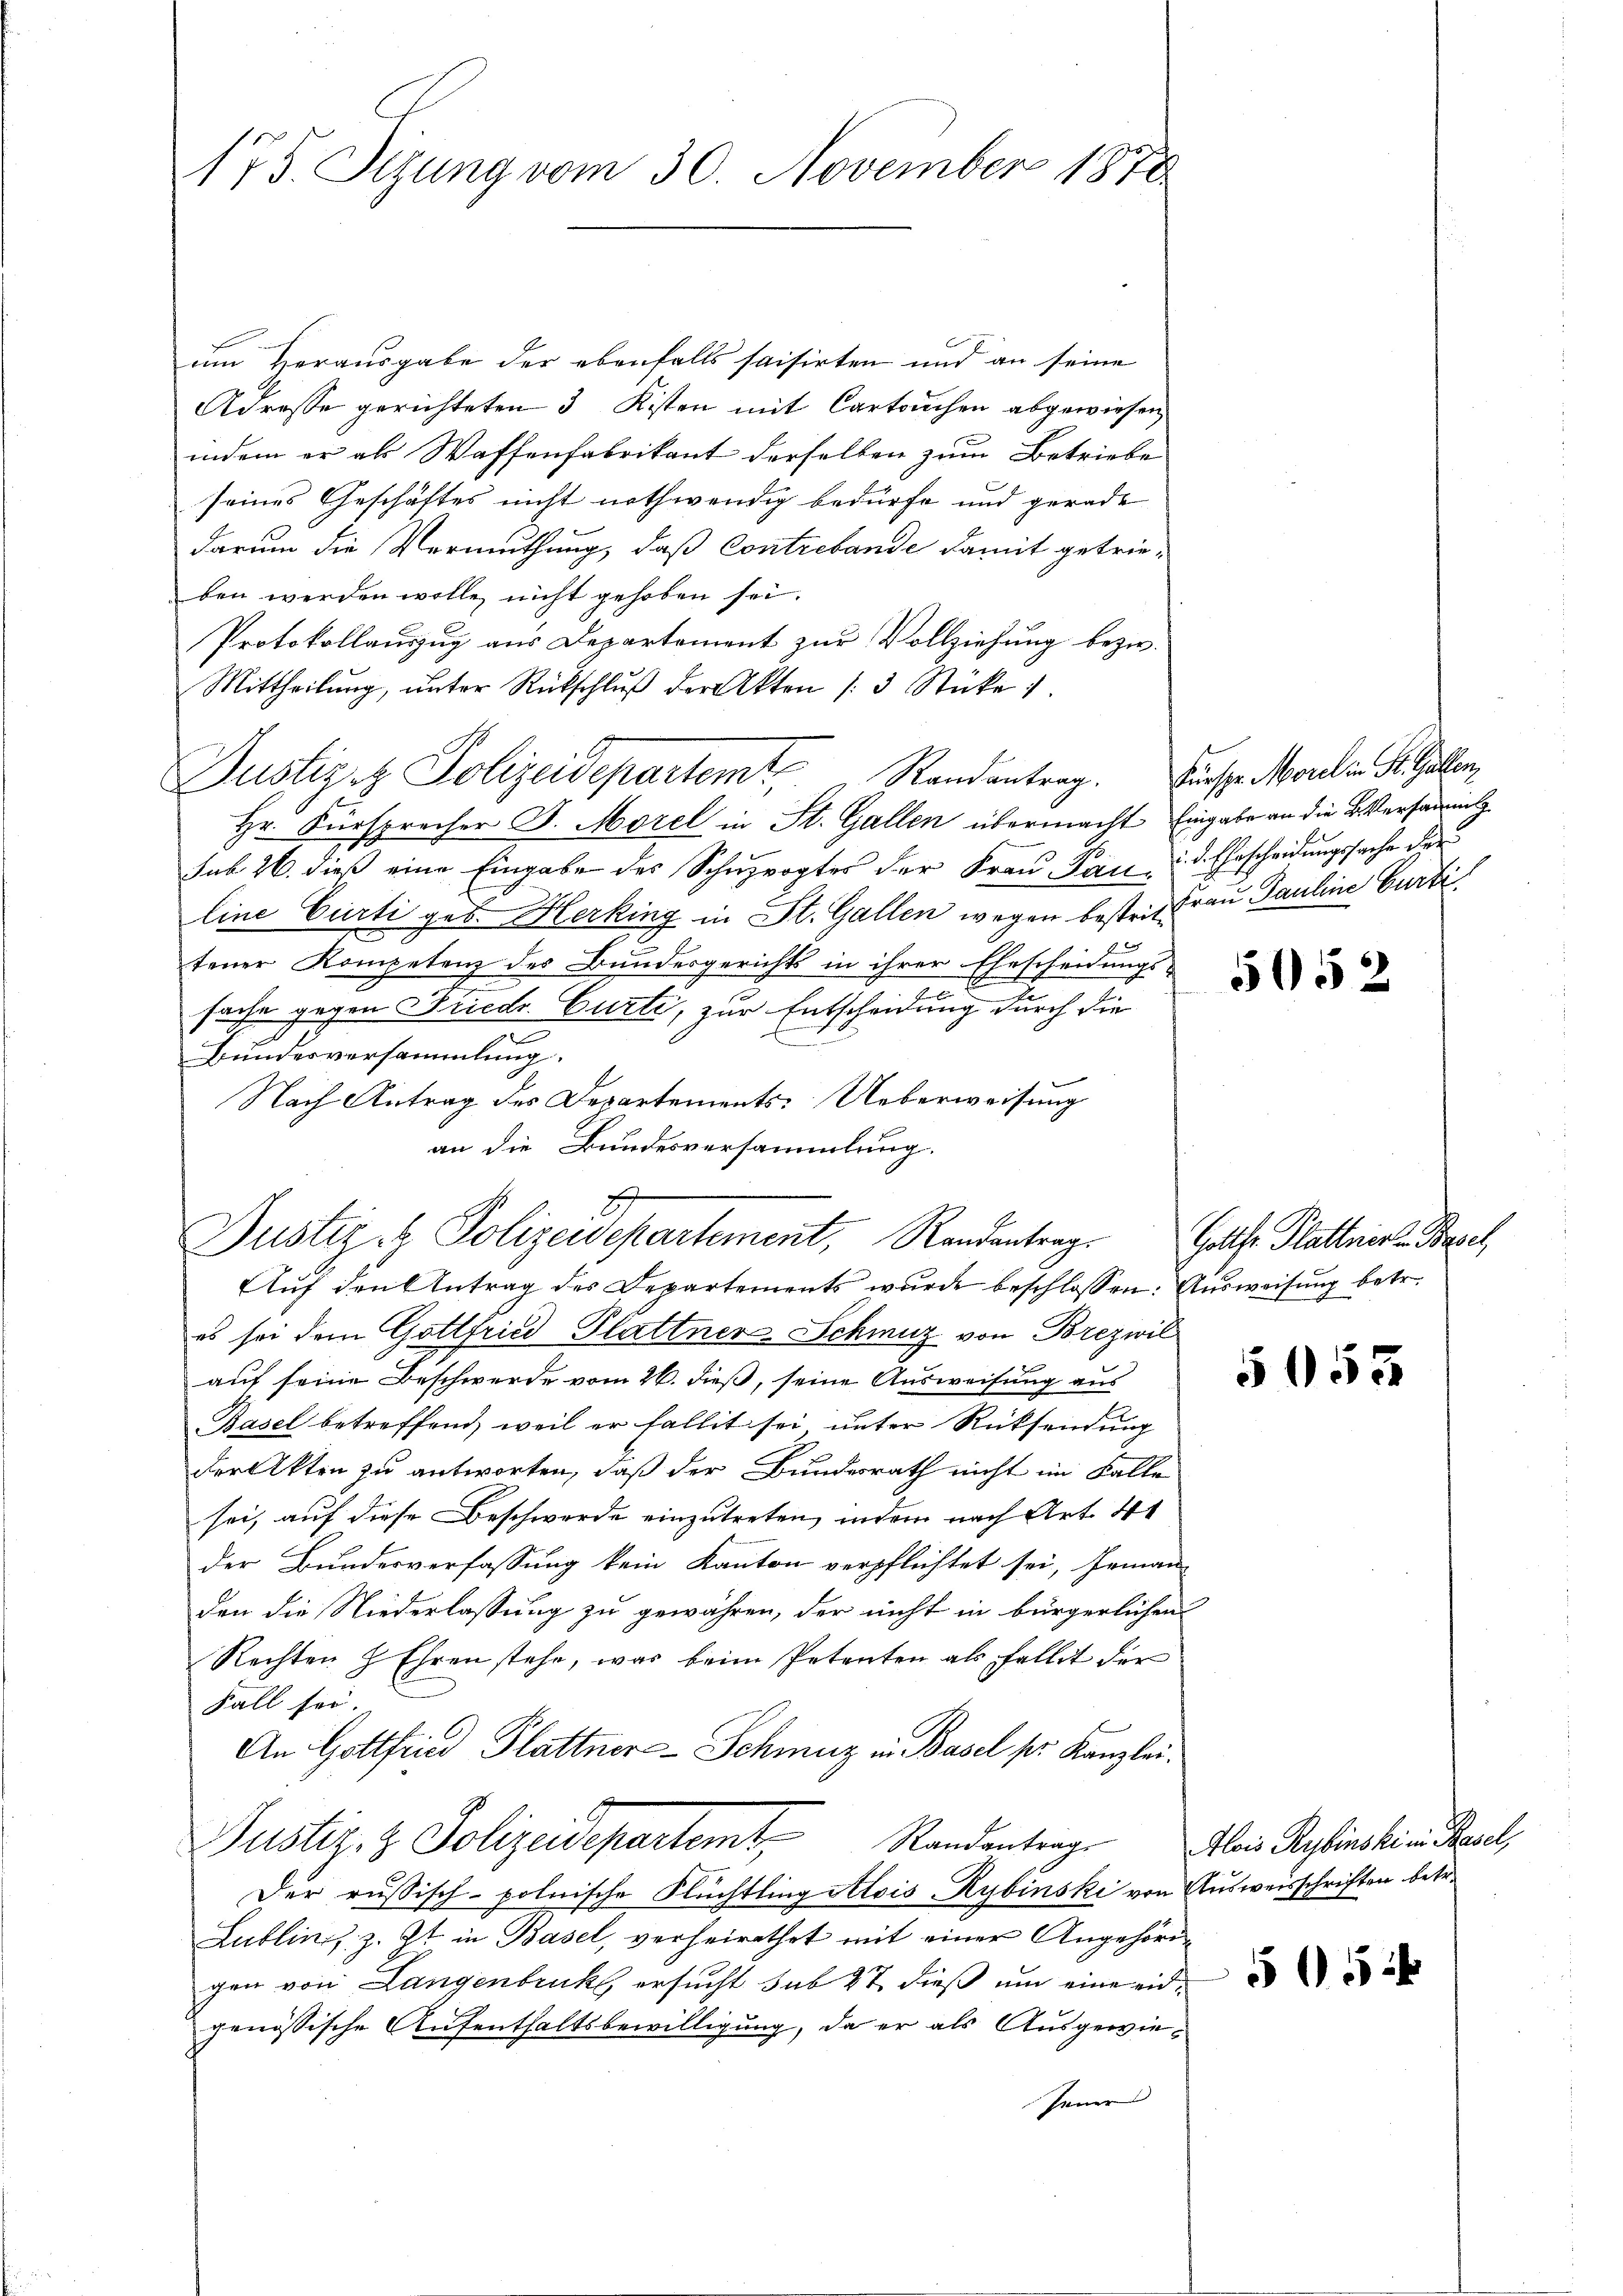
175. Sizung vom 30. November 1878

um Herausgabe der ebenfalls saisirten und an seine
Adresse gerichteten 3 Kisten mit Cartouchen abgewiesen,
indem er als Waffenfabrikant derselben zum Betriebe
seines Geschäftes nicht nothwendig bedürfe und gerade
darum die Vermuthung, daß Contrebande damit getrieben werden wolle, nicht gehoben sei.
Protokollauszug aus Departement zur Vollziehung bezw.
Mittheilŭng ŭnter Rückschlŭβ der Akten (3 Stücke
Hr. Fürsprecher J. Morel in St. Gallen übermacht Eingabe an die Versamm
sub 26. dieß eine Eingabe des Schuzvogtes der Frau Pand. Ehescheidungssache der
line Curti geb. Herking in St. Gallen wegen bestrit Frau Pauline Gurti
tener Kompetenz des Bundesgerichts in ihrer Ehescheidungs-
sache gegen Friedr. Curti, zur Entscheidung durch die
r
Bundesversammlung.
Nach Antrag des Departements-Ueberweisung
an die Bundesversammlung.
2
Justiz- & Polizeidepartement, Randantrag.
Auf den Antrag des Departements wurde beschlossen: Ausweisung betr.
es sei dem Gottfried Plattner-Schmutz von Brezwil
auf seine Beschwerde vom 26. dieß, seine Ausweisung aus
Basel betreffend, weil er fallit sei unter Rücksendung
der Akten zu antworten, daß der Bundesrath nicht im Falle
sei, auf diese Beschwerde einzutreten, indem nach Art. 4
der Bundesverfassung kein Kanton verpflichtet sei, jeman-
den die Niederlassung zu gewähren, der nicht in bürgerlichen
Rechten H Ehren stehe, was beim Petenten als Fallit der
Fall sei.
An Gottfind Plattner-Schmuz in Basel pr. Kanzlei.
Justiz & Polizeidepartamt Randentrag
Der russisch-polnische Flüchtling Alois Kybinski von Ausweisschriften betr.
Lublin, z. Zt. in Basel, verheirathet mit einer Angehörigen von Langenbruck, ersucht sub 27 dieß um eine eidgenössische Aufenthaltsbewilligung, da er als Ausgewie¬
Jener

Justiz & Polizeidepartemt, Randantrag. Fürspr. Morel in St. Gallen,

5052

Golther Plattnissen Basel,

555

Alois Rybinski in Basel,

55